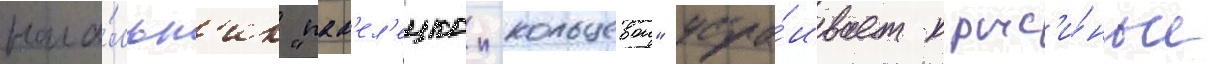
нача́льн'ик "пав'ел'ецкои-кольцевои" устра́ивает крыс'и́ные